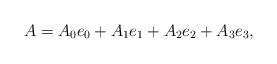
LaTeX: \begin{align*}A = A_0 e_0 + A_1 e_1+A_2 e_2+A_3 e_3,\end{align*}